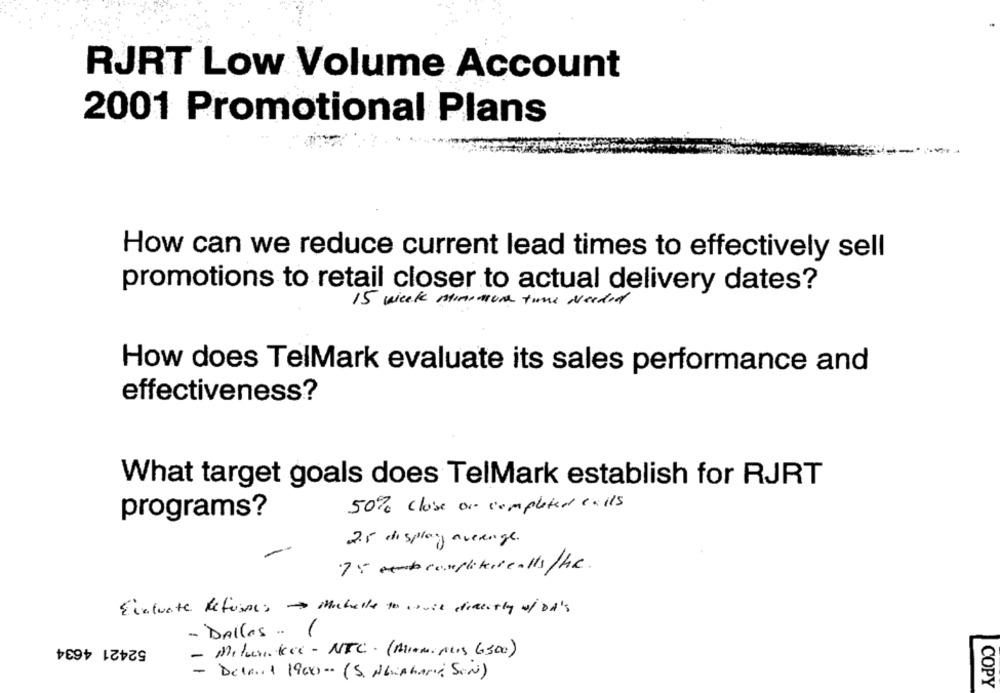
RJRT Low Volume Account
2001 Promotional Plans
How can we reduce current lead times to effectively sell
promotions to retail closer to actual delivery dates?
15 week minimum time Needed
How does TelMark evaluate its sales performance and
effectiveness?
What target goals does TelMark establish for RJRT
50% close or completed calls
programs?
2.5 display average.
75 completedreals /he.
Evaluate Refusals Michelle to avvil directly w/ Dd's
- Dallas . (
52421 4634
- Milurike - NIC. (Mini puis 6300)
Detail 1900- ( S. NbiAhard SON)
COPY